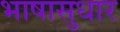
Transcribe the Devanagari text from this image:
भाषासुधार